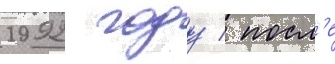
1992 году / посл'е